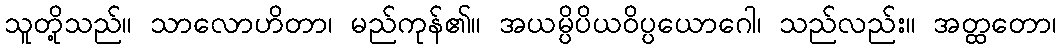
သူတို့သည်။ သာလောဟိတာ၊ မည်ကုန်၏။ အယမ္ပိပိယဝိပ္ပယောဂေါ၊ သည်လည်း။ အတ္ထတော၊